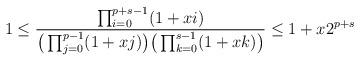
LaTeX: \begin{align*} 1 \le \frac{ \prod_{i=0}^{p+s-1}(1+xi) }{ \big(\prod_{j=0}^{p-1}(1+xj)\big) \big(\prod_{k=0}^{s-1}(1+xk)\big) } \le 1+ x 2^{p+s} \end{align*}